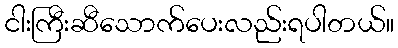
ငါးကြီးဆီသောက်ပေးလည်းရပါတယ်။